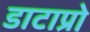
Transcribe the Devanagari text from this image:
डाटाप्रो